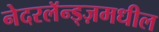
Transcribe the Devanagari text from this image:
नेदरलॅन्ड्ज़मधील